Indian journal of veterinary science and animal husbandry - Volume 1,
Year: 1931
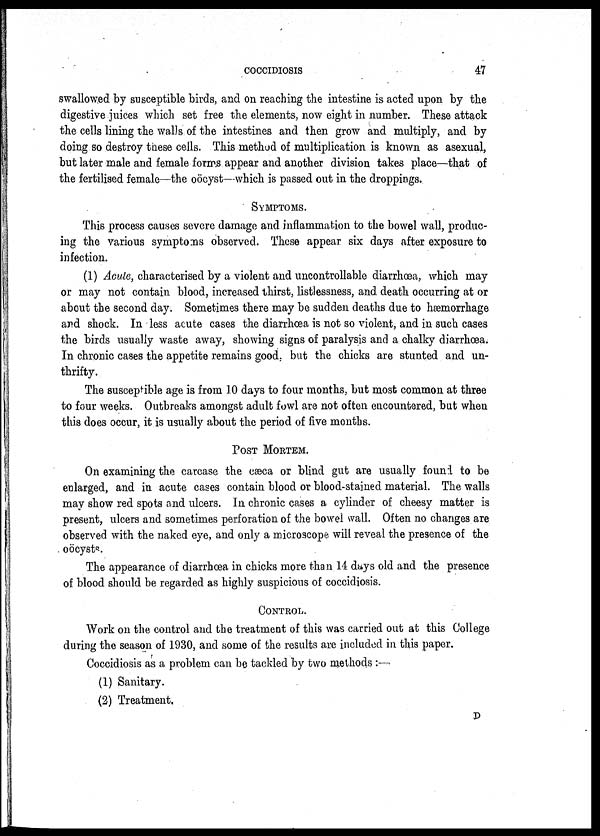
COCCIDIOSIS 47
swallowed by susceptible birds, and on reaching the intestine is acted upon by the
digestive juices which set free the elements, now eight in number. These attack
the cells lining the walls of the intestines and then grow and multiply, and by
doing so destroy these cells. This method of multiplication is known as asexual,
but later male and female forms appear and another division takes place—that of
the fertilised female—the oöcyst—which is passed out in the droppings.
SYMPTOMS.
This process causes severe damage and inflammation to the bowel wall, produc-
ing the various symptoms observed. These appear six days after exposure to
infection.
(1) Acute, characterised by a violent and uncontrollable diarrhœa, which may
or may not contain blood, increased thirst, listlessness, and death occurring at or
about the second day. Sometimes there may be sudden deaths due to hæmorrhage
and shock. In less acute cases the diarrhœa is not so violent, and in such cases
the birds usually waste away, showing signs of paralysis and a chalky diarrhœa.
In chronic cases the appetite remains good, but the chicks are stunted and un-
thrifty.
The susceptible age is from 10 days to four months, but most common at three
to four weeks. Outbreaks amongst adult fowl are not often encountered, but when
this does occur, it is usually about the period of five months.
POST MORTEM.
On examining the carcase the cæca or blind gut are usually found to be
enlarged, and in acute cases contain blood or blood-stained material. The walls
may show red spots and ulcers. In chronic cases a cylinder of cheesy matter is
present, ulcers and sometimes perforation of the bowel wall. Often no changes are
observed with the naked eye, and only a microscope will reveal the presence of the
oöcysts.
The appearance of diarrhœa in chicks more than 14 days old and the presence
of blood should be regarded as highly suspicious of coccidiosis.
CONTROL.
Work on the control and the treatment of this was carried out at this College
during the season of 1930, and some of the results are included in this paper.
Coccidiosis as a problem can be tackled by two methods :—
(1) Sanitary.
(2) Treatment.
D